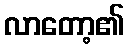
လာတော့၏